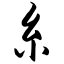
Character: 糸